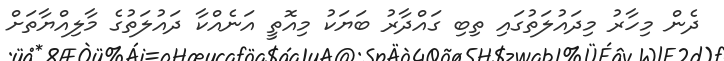
ދެން މިހާރު މިދައުލަތުގައި ތިބި ގައްދާރު ބަޔަކު މިއޮތީ އަނެއްކާ ދައުލަތުގެ މާލިއްޔާތަށް